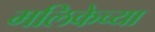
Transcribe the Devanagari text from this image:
मलिकेच्या